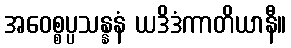
အဝေစ္စပ္ပသန္နနံ ယဒိဒံကာတိယာနီ။